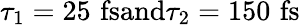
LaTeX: \tau_{1}=25\, \, \mathrm{fs}\textrm{and}\tau_{2}=150\, \, \mathrm{fs}